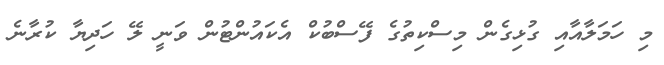
މި ހަމަލާއާއި ގުޅިގެން މިސްކިތުގެ ފޭސްބުކް އެކައުންޓުން ވަނީ ލޭ ހަދިޔާ ކުރާނެ